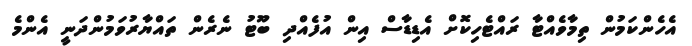
އެހެންކަމުން ތިމާވެއްޓާ ރައްޓެހިކޮށް އެޑިޑާސް އިން އުފެއްދި ބޫޓު ނެރެން ތައްޔާރުވަމުންދަނީ އެންމެ